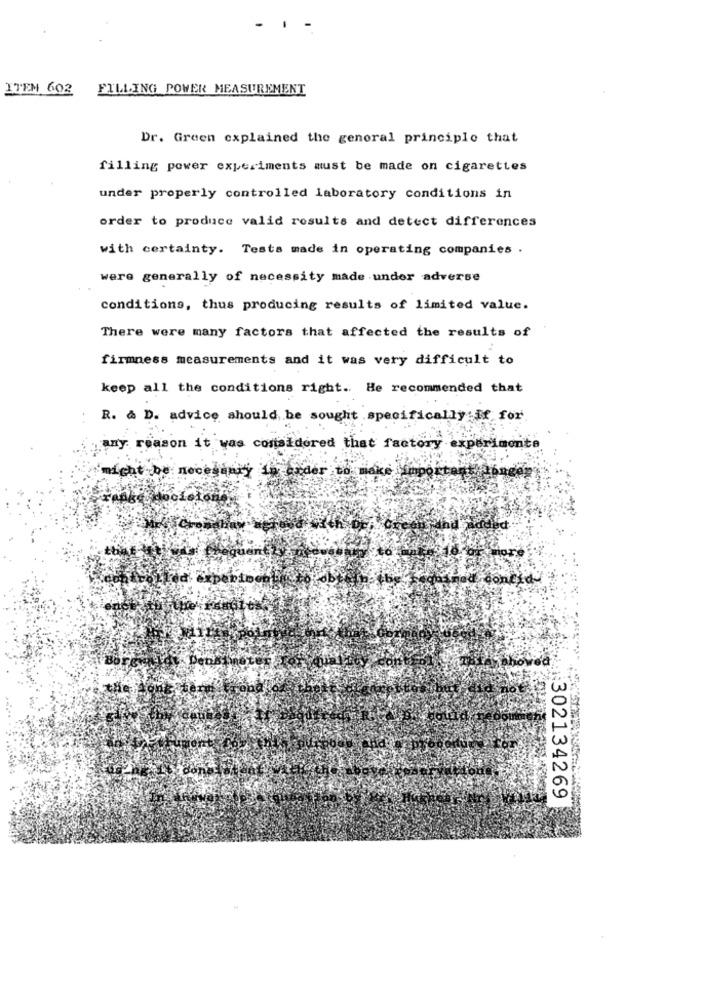
-
ITEM 602
FILLING POWER MEASUREMENT
Dr. Green explained the general principle that
filling pover experiments must be made on cigarettes
under properly controlled laboratory conditions in
order to produce valid results and detect differences
with certainty. Tests made in operating companies .
were generally of necessity made under adverse
conditions, thus producing results of limited value.
There were many factors that affected the results of
firmness measurements and it was very difficult to
keep all the conditions right. He recommended that
R. & D. advice should be sought specifically it for
any reason it was considered that factory experimente
might be necessary in order to make important abre
KČro
302134269